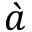
\grave { a }